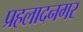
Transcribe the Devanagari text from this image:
प्रहलादनगर